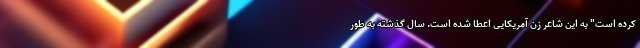
کرده است" به این شاعر زن آمریکایی اعطا شده است. سال گذشته به طور